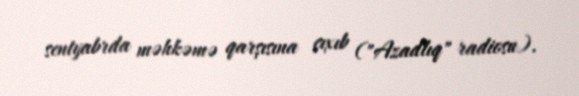
sentyabrda məhkəmə qarşısına çıxıb ("Azadlıq" radiosu).